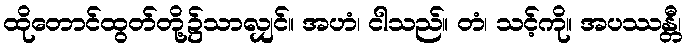
ထိုတောင်ထွတ်တို့၌သာလျှင်။ အဟံ၊ ငါသည်။ တံ၊ သင့်ကို။ အပဿန္တီ၊